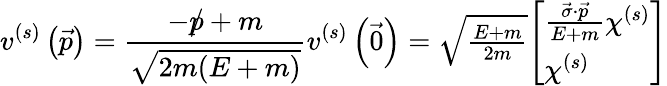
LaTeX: v^{(s)}\left({\vec{p}}\right)={\frac{-{p\! \! \! /}+m}{\sqrt{2m(E+m)}}}v^{(s)}\left({\vec{0}}\right)=\textstyle{\sqrt{\frac{E+m}{2m}}}{\left[\begin{array}{l}{{\frac{{\vec{\sigma}}\cdot{\vec{p}}}{E+m}}\chi^{(s)}}\\ {\chi^{(s)}}\end{array}\right]}